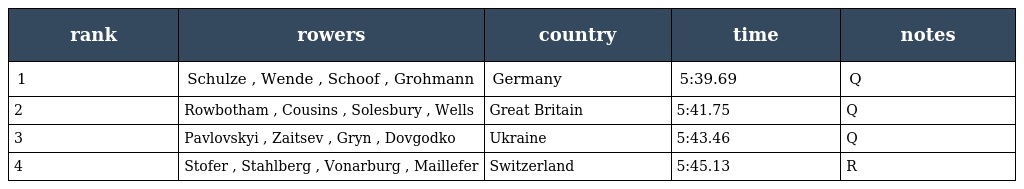
| rank | rowers | country | time | notes |
 | --- | --- | --- | --- | --- |
 | 1 | Schulze , Wende , Schoof , Grohmann | Germany | 5:39.69 | Q |
 | 2 | Rowbotham , Cousins , Solesbury , Wells | Great Britain | 5:41.75 | Q |
 | 3 | Pavlovskyi , Zaitsev , Gryn , Dovgodko | Ukraine | 5:43.46 | Q |
 | 4 | Stofer , Stahlberg , Vonarburg , Maillefer | Switzerland | 5:45.13 | R |